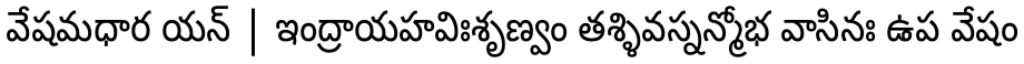
వేషమధార యన్ | ఇంద్రాయహవిఃశృణ్వం తశ్ళివస్నన్మోభ వాసినః ఉప వేషం